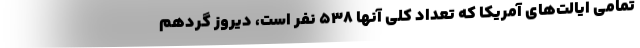
تمامی ایالت‌های آمریکا که تعداد کلی آنها 538 نفر است، دیروز گردهم